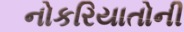
નોકરિયાતોની